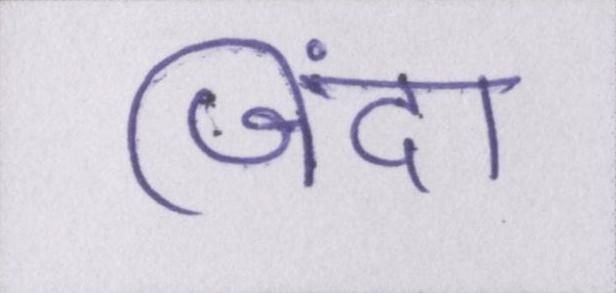
जिंदा